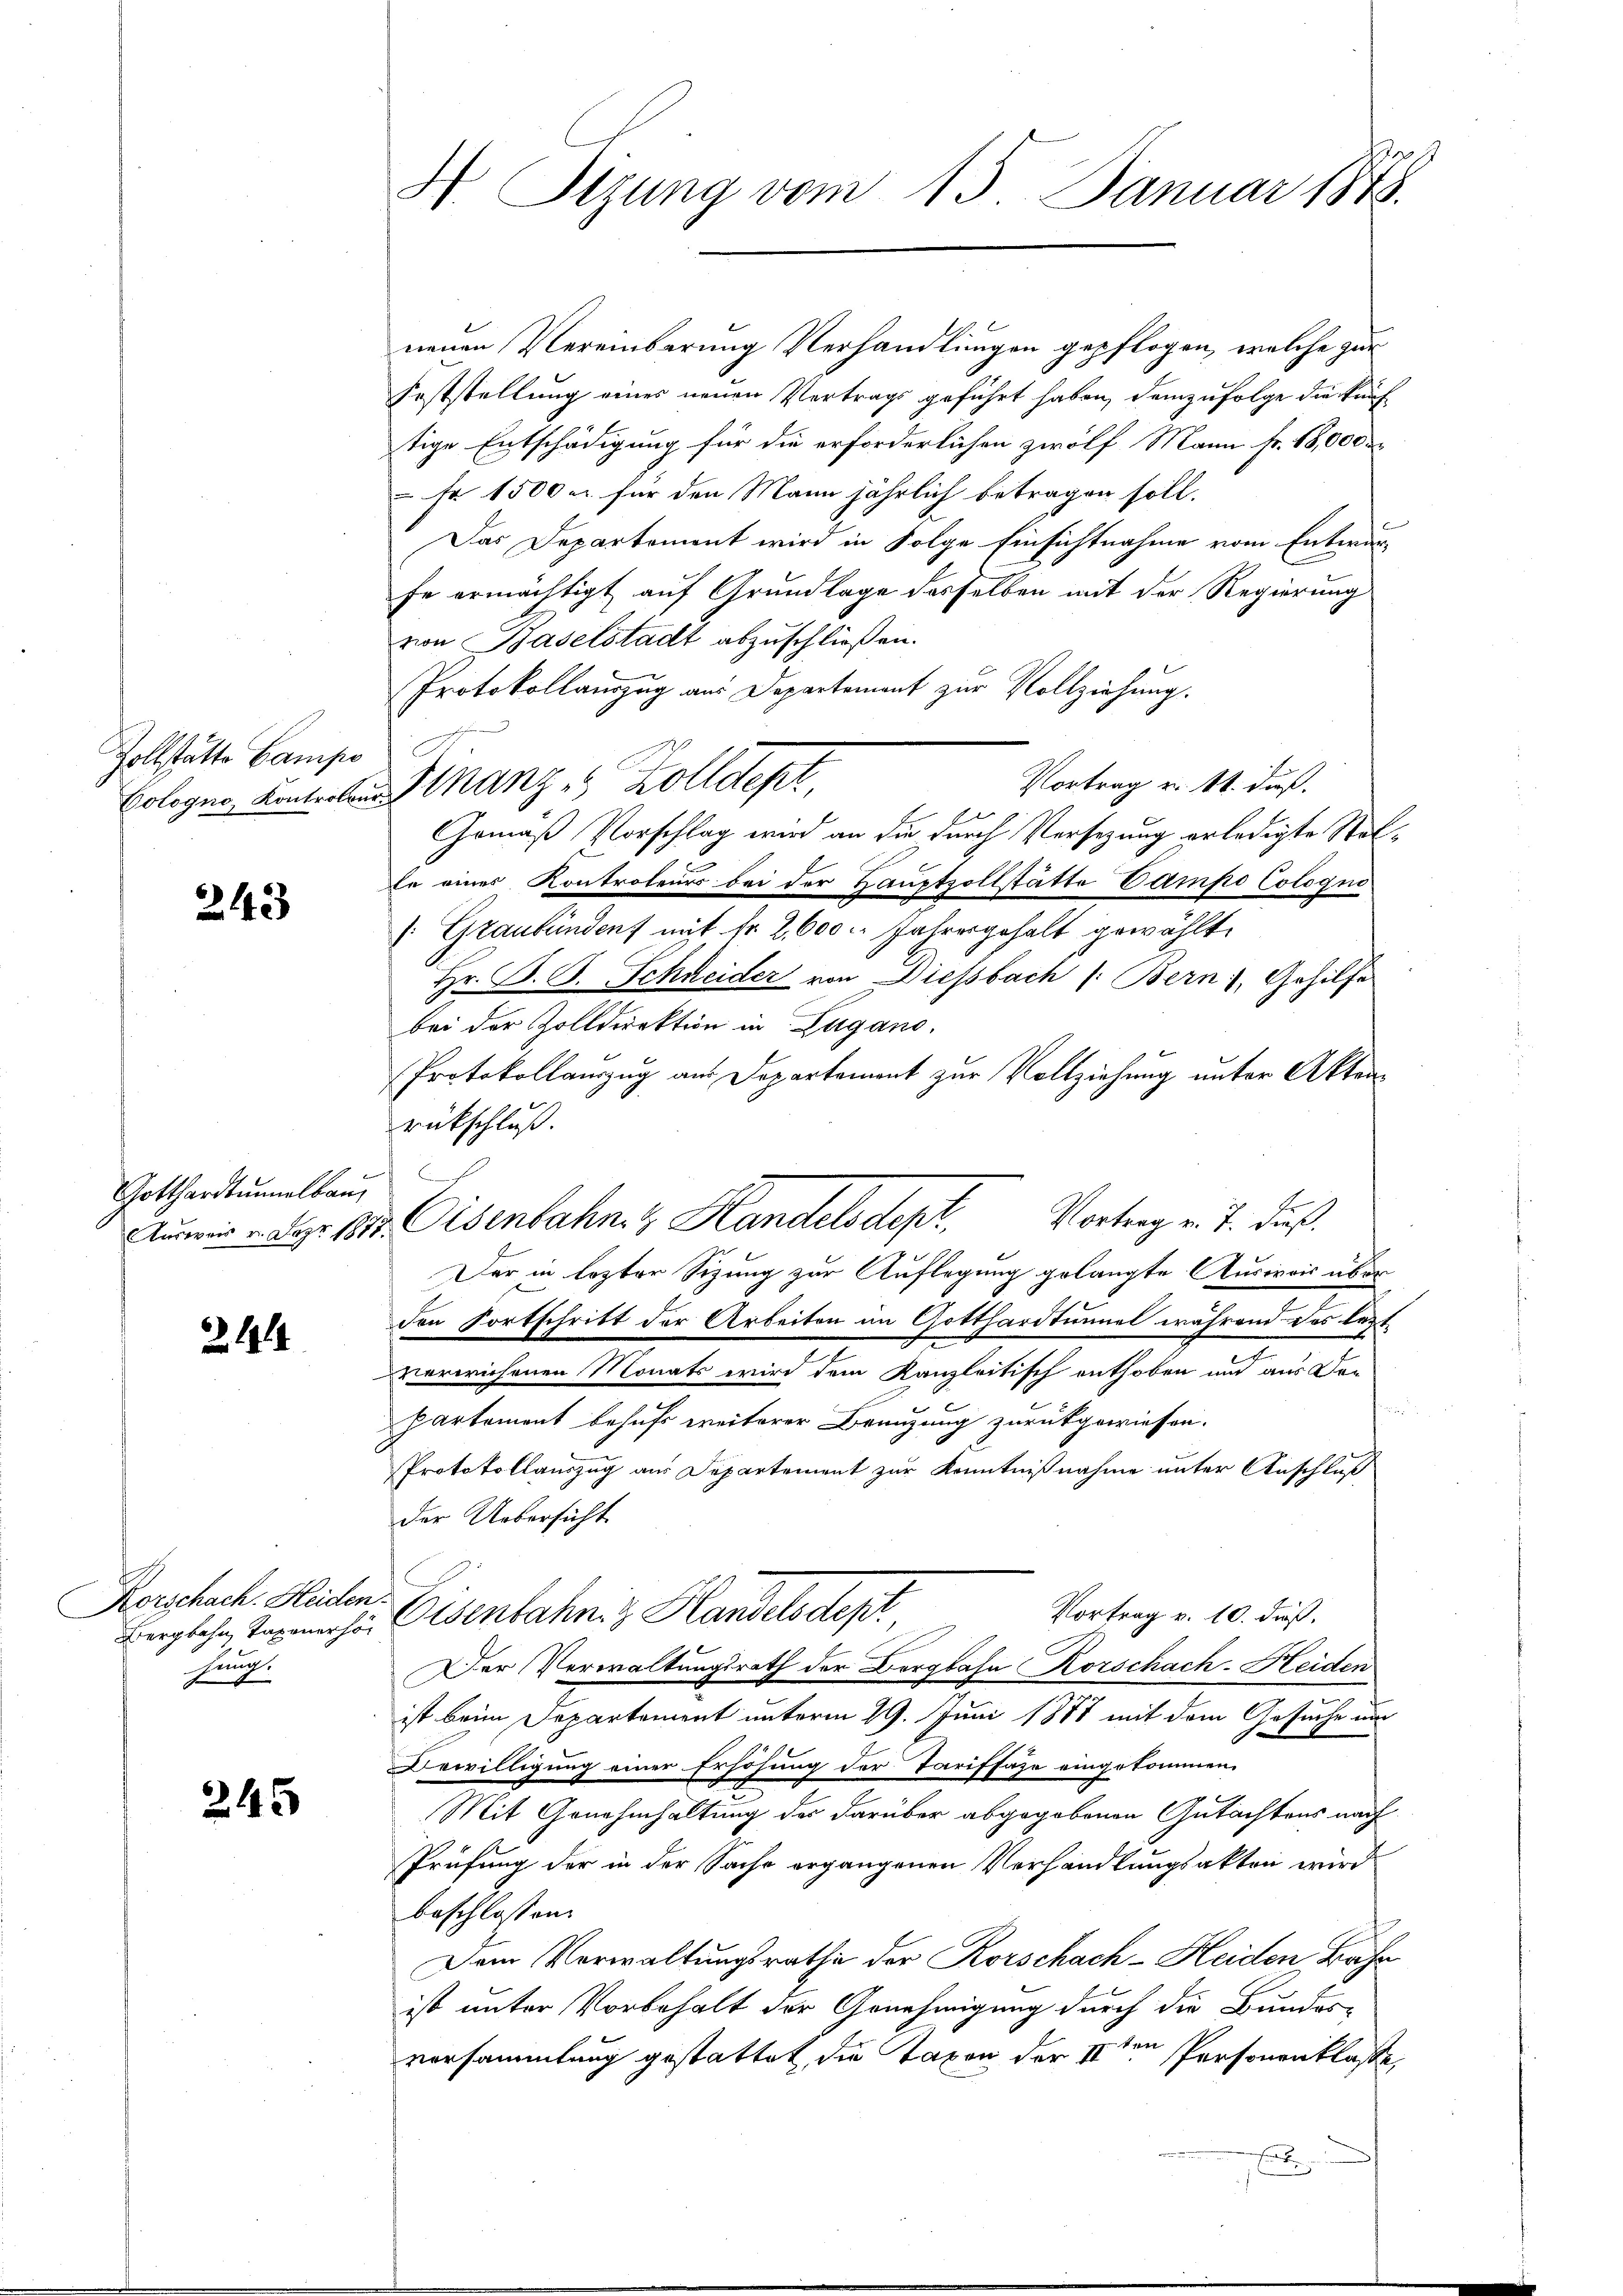
Zollstatte Campo
Cologno, Kontrolon

243

Gotthardtunnelbau

Z. 1914

Korschach. Heiden
Bergbahn Taxonerso
hung.

245

H Sizung vom 15. Januar 1875.

e

u
neuen Vereinbarung Verhandlungen gepflogen, welche zur
Feststellung eines neuen Vertrags geführt haben, demzufolge die künf
tige Entschädigung für die erforderlichen zwölf Mann Fr. 18,000
Fr 1500 u. für den Mann jährlich betragen soll.
Das Departement wird in Folge Einsichtnahme vom Entwurfe ermächtigt auf Grundlage desselben mit der Regierung
von Baselstadt abzuschließen.
Protokollauszug aus Departement zur Vollziehung.
Vortrag u. 11. dieß.
Manzes Zolldept
Gemäß Vorschlag wird an die durch Versezung erledigte Sol¬
Er eines Kontroleurs bei der Hauptzollstätte Dampo Cologno
/: Graubünden mit fr. 2, 600 l. Jahresgehalt gewählt.
Hr. P. J. Schneider von Diesbach /: Bern, Gehilfe
bei der Zolldirektion in Zugano.
Protokollauszug aus Departement zur Vollziehung unter Akten
rückschluß.
g
Vortrag v. J. dieß
Aumir. Der 1817. Eisenbahn & Handelsdepr
Der in lezter Sizung zur Auflegung gelangte Ausweis über
den Fortschritt der Arbeiten im Gotthardtunnel während das lezt
verwichenen Monats wird dem Kanzleitisch enthoben und aus Dor
partement behufs weiterer Benuzung zurückgewiesen.
Protokollauszug aus Departement zur Kenntnißnahme unter Anschluß
Der Uebersicht
Vortrag v. 10. dieß.
 Eisenbahn & Handelsdept
Der Verwaltungsrath der Bergbahn Korschach-Heiden
ist beim Departement unterm 29. Juni 1878 mit dem Gesuche und
Bewilligung einer Erhöhung der Tariffage eingekommen.
Mit Genehmhaltung des darüber abgegebenen Gutachtens nach
Prüfung der in der Sache ergangenen Verhandlungsakten wird
beschlossen:
Dem Verwaltungsrathe der Korschach-Heiden Bahn
ist unter Vorbehalt der Genehmigung durch die Bundes-
versammlung gestattet, die Taxen der IIten Personenklasse